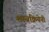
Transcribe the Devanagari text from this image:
शस्त्रक्रियेनी